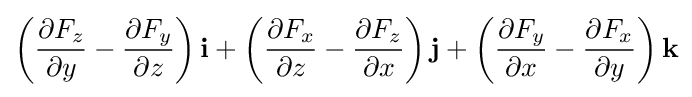
\left({\frac {\partial F_{z}}{\partial y}}-{\frac {\partial F_{y}}{\partial z}}\right)\mathbf {i} +\left({\frac {\partial F_{x}}{\partial z}}-{\frac {\partial F_{z}}{\partial x}}\right)\mathbf {j} +\left({\frac {\partial F_{y}}{\partial x}}-{\frac {\partial F_{x}}{\partial y}}\right)\mathbf {k}